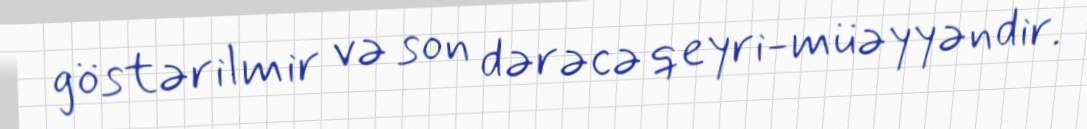
göstərilmir və son dərəcə qeyri-müəyyəndir.